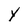
Character: Y